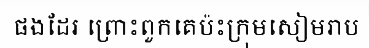
ផងដែរ ព្រោះពួកគេប៉ះក្រុមសៀមរាប